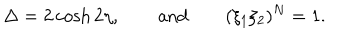
LaTeX: \Delta = 2 \cosh 2 \eta , \qquad \mathrm { a n d } \qquad ( \xi _ { 1 } \xi _ { 2 } ) ^ { N } = 1 .